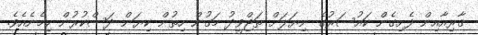
ޤާރިއާއިން ފެށިގެން ކައުސަރުގެ ނިޔަލަށް ތަޖްވީދު މަގުން ހިތުން ކިޔަން ދަސްކުރުން ހިމެނެއެވެ.